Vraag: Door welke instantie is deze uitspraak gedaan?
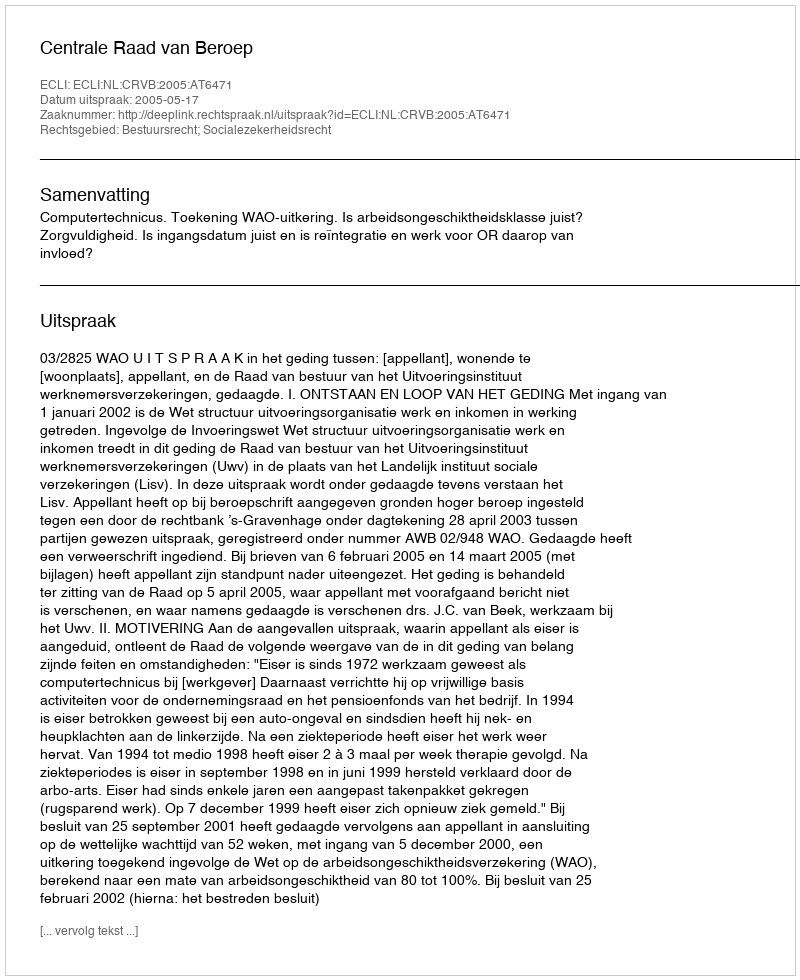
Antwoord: Centrale Raad van Beroep